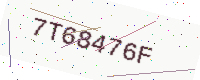
Text: 7T68476F